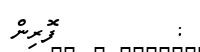
:         ފޮރިން